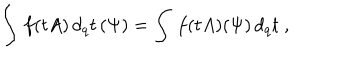
\int \, f ( t A ) \, d _ { q } t \, ( \Psi ) = \int \, f ( t A ) ( \Psi ) \, d _ { q } t \; ,